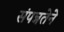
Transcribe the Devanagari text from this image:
संपन्नतेने